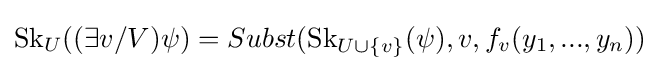
\operatorname {Sk} _{U}((\exists v/V)\psi )=Subst(\operatorname {Sk} _{U\cup \{v\}}(\psi ),v,f_{v}(y_{1},...,y_{n}))